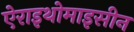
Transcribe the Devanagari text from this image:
ऐराइथोमाइसीन